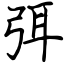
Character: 弭